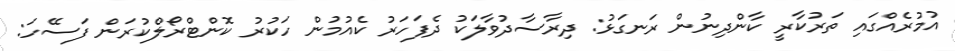
އުމުރެއްގައި ތަރުކާރީ ކާންދިނުން ރަނގަޅު: ދިރާސާދުވާލަކު ދެފަހަރު ކެއުމުން ހަކުރު ކޮންޓްރޯލްކުރަން ފަސޭހަ: